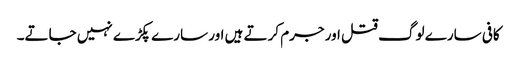
کافی سارے لوگ قتل اور جرم کرتے ہیں اور سارے پکڑے نہیں جاتے۔